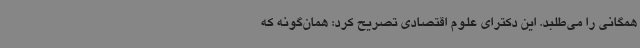
همگانی را می‌طلبد. این دکترای علوم اقتصادی تصریح کرد: همان‌گونه که